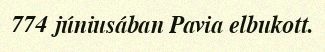
774 júniusában Pavia elbukott.